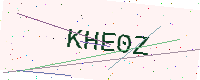
Text: KHE0Z